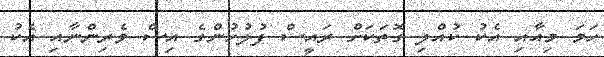
ހަމަ މިއާއި އެކު ކުއްލި ގޮތަކަށް ރައީސް ފުލުހުންގެ އިސް ވެރިންނާއި އެކު